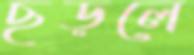
ছড়লে